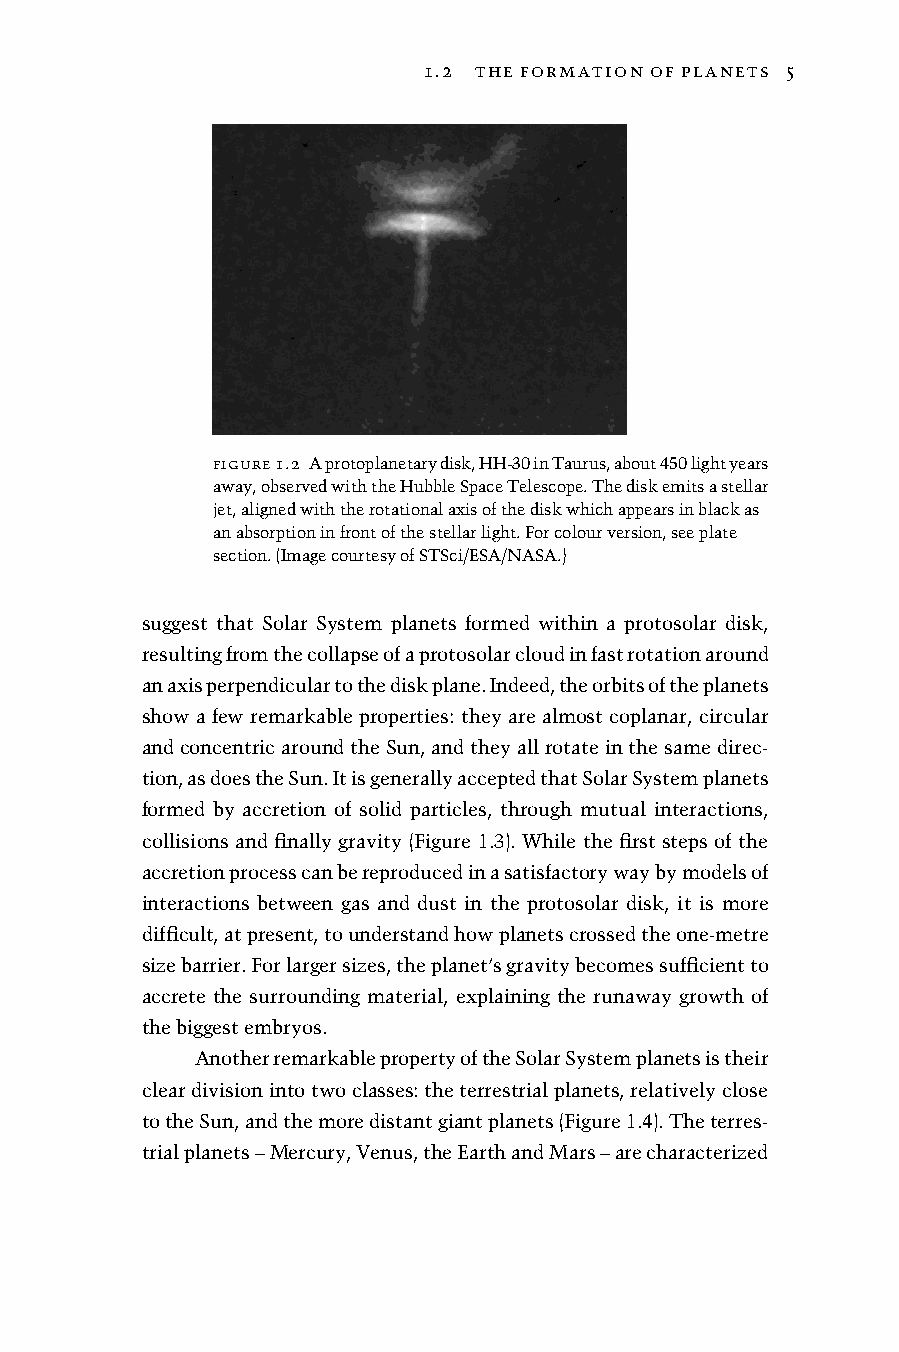
5
 C:/ITOOLS/WMS/CUP-NEW/4182124/WORKINGFOLDER/COEN/9781107026179C01.3D [1–18]27.6.20135:52PM
 1.2 the formation of planets 5
 figure1.2 Aprotoplanetarydisk,HH-30inTaurus,about450lightyears
 away,observedwiththeHubbleSpaceTelescope.Thediskemitsastellar
 jet,alignedwiththerotationalaxisofthediskwhichappearsinblackas
 anabsorptioninfrontofthestellarlight.Forcolourversion,seeplate
 section.(ImagecourtesyofSTSci/ESA/NASA.)
 suggest that Solar System planets formed within a protosolar disk,
 resultingfromthecollapseofaprotosolarcloudinfastrotationaround
 anaxisperpendiculartothediskplane.Indeed,theorbitsoftheplanets
 show a few remarkable properties: they are almost coplanar, circular
 andconcentricaroundtheSun,andtheyallrotateinthesamedirec-
 tion,asdoestheSun.ItisgenerallyacceptedthatSolarSystemplanets
 formed by accretion of solid particles, through mutual interactions,
 collisions and finally gravity (Figure 1.3). While the first steps of the
 accretionprocesscanbereproducedinasatisfactorywaybymodelsof
 interactions between gas and dust in the protosolar disk, it is more
 difficult,atpresent,tounderstandhowplanetscrossedtheone-metre
 sizebarrier.Forlargersizes,theplanet’sgravitybecomessufficientto
 accrete the surrounding material, explaining the runaway growth of
 thebiggestembryos.
 AnotherremarkablepropertyoftheSolarSystemplanetsistheir
 cleardivisionintotwoclasses:theterrestrialplanets,relativelyclose
 totheSun,andthemoredistantgiantplanets(Figure1.4).Theterres-
 trialplanets–Mercury,Venus,theEarthandMars–arecharacterized